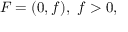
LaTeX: F = ( 0 , f ) , \ f > 0 ,